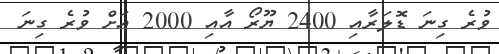
ވުރެ ގިނަ ޑޮލަރާއި 2400 ޔޫރޯ އާއި 2000 އަށް ވުރެ ގިނަ